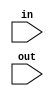
module zeroExt16_5(in, out); 

	input [4:0]in;
	input [15:0]out; 

	assign out = { {11{1'b0}},in[4:0] };

endmodule